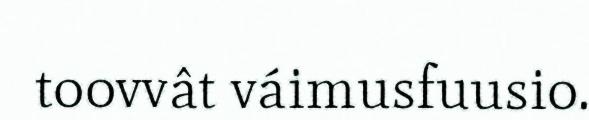
toovvât váimusfuusio.